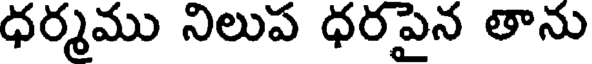
ధర్మము నిలుప ధరపైన తాను